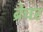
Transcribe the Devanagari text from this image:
ब्रेचर